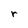
Character: r